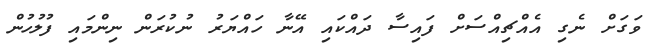
ވަގަށް ނެގި އެއްޗިއްސަށް ފައިސާ ދައްކައި އޭނާ ހައްޔަރު ނުކުރަން ނިންމައި ފުލުހުން